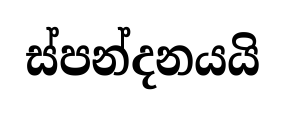
ස්පන්දනයයි